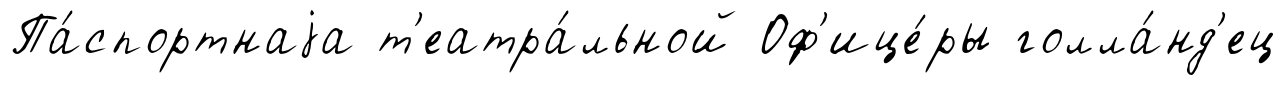
Па́спортнаjа т'еатра́льной Оф'ице́ры голла́нд'ец